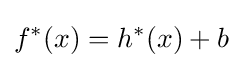
f^{*}(x)=h^{*}(x)+b